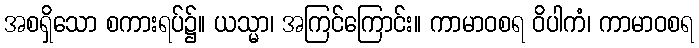
အစရှိသော စကားရပ်၌။ ယသ္မာ၊ အကြင်ကြောင်း။ ကာမာဝစရ ဝိပါကံ၊ ကာမာဝစရ